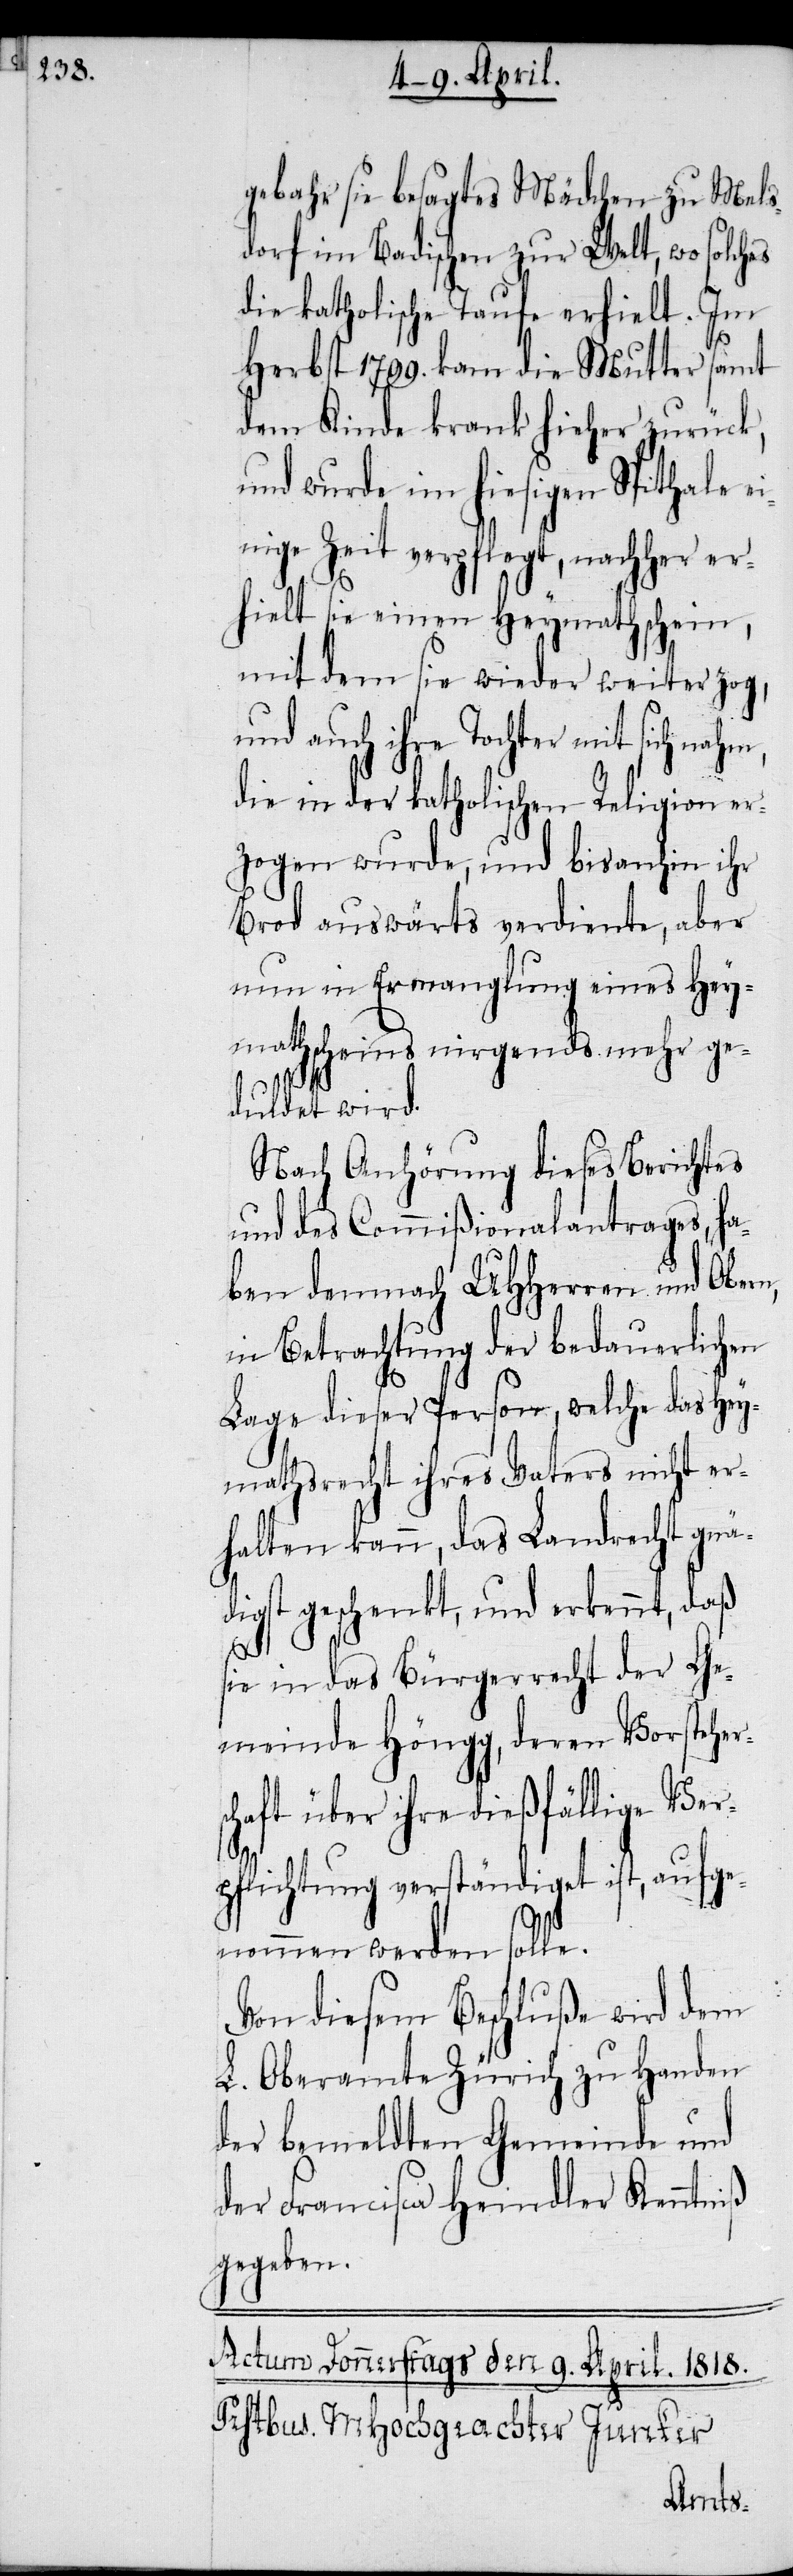
gebahr sie besagtes Mädchen zu Mels¬
dorf im Badischen zur Welt, wo solches
die katholische Taufe erhielt. Im
Herbst 1799. kam die Mutter samt
dem Kinde krank hieher zurück,
und wurde im hiesigen Spithale e¬
inige Zeit verpflegt, nachher er¬
hielt sie einen Heymathschein,
mit dem sie wieder weiter zog,
und auch ihre Tochter mit sich nahm,
die in der katholischen Religion er¬
zogen wurde, und bisanhin ihr
Brod auswärts verdiente, aber
nun in Ermanglung eines Hey¬
mathscheins nirgends mehr ge¬
duldet wird.
Nach Anhörung dieses Berichtes
und des Commißionalantrages, ha¬
ben demnach UHHerren und Obern,
in Betrachtung der bedauerlichen
Lage dieser Person, welche das Hey¬
mathsrecht ihres Vaters nicht er¬
halten kann, das Landrecht gnä¬
digst geschenkt, und erkennt, daß
sie in das Bürgerrecht der Ge¬
meinde Höngg, deren Vorsteher¬
schaft über ihre dießfällige Ver¬
pflichtung verständiget ist, aufg¬
enommen werden solle.
Von diesem Beschluß wird dem
L. Oberamte Zürich zu Handen
der bemeldten Gemeinde und
der Francisca Heindler Kenntniß
gegeben.